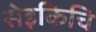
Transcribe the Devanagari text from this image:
सेइकिचि